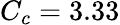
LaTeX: C_{c}=3.33